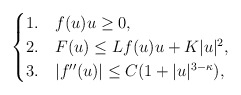
\begin{align*}\begin{cases}1. & f(u)u\geq 0,\\2. & F(u)\leq Lf(u)u+K|u|^2,\\3. & |f''(u)|\leq C(1+|u|^{3-\kappa}),\end{cases}\end{align*}